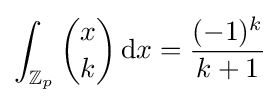
\int _{\mathbb {Z} _{p}}{x \choose k}\,{\rm {d}}x={\frac {(-1)^{k}}{k+1}}